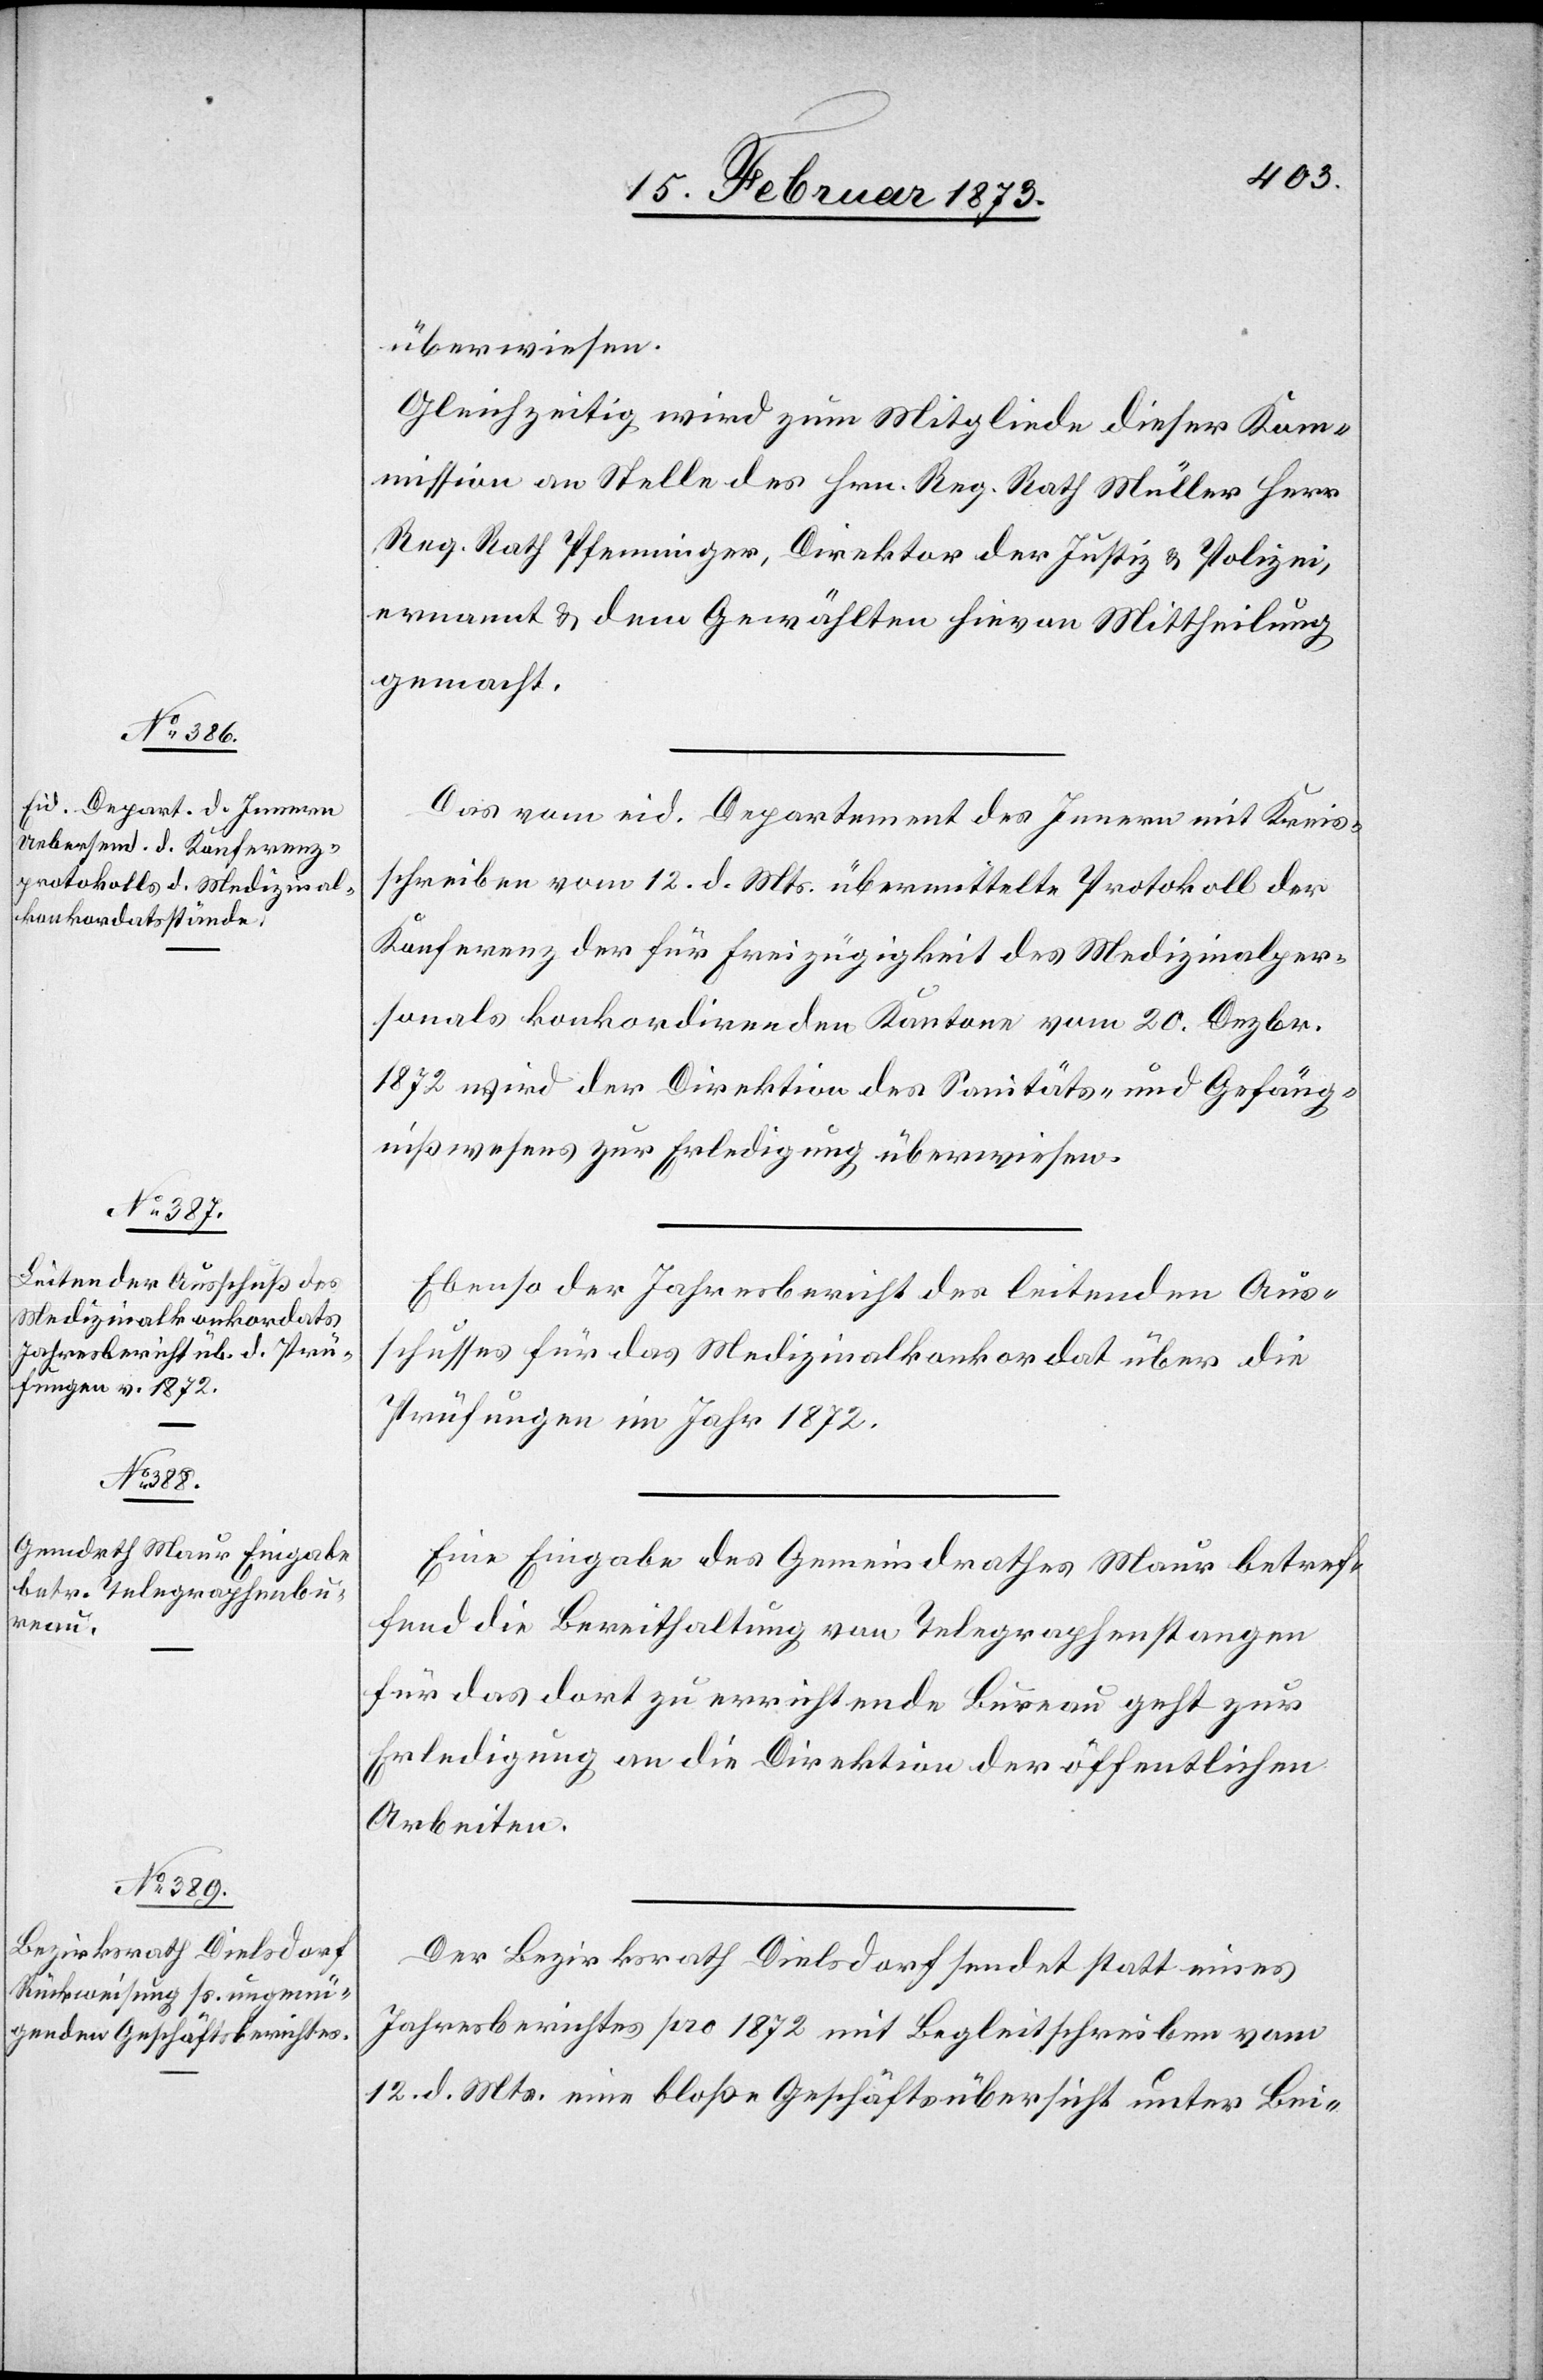
überwiesen.
Gleichzeitig wird zum Mitgliede dieser Kom¬
mission an Stelle des Hrn. Reg. Rath Müller Herr
Reg. Rath Pfenninger, Direktor der Justiz u. Polizei,
ernannt u. dem Gewählten hievon Mittheilung
gemacht.
Das vom eid. Departement des Innern mit Kreis¬
schreiben vom 12. d. Mts. übermittelte Protokoll der
Konferenz der für Freizügigkeit des Medizinalper¬
sonals konkordirenden Kantone vom 20. Dezbr.
1872 wird der Direktion des Sanitäts- und Gefäng¬
nißwesens zur Erledigung überwiesen.
Ebenso der Jahresbericht des leitenden Aus¬
schusses für das Medizinalkonkordat über die
Prüfungen im Jahr 1872.
Eine Eingabe des Gemeindrathes Maur betref¬
fend die Bereithaltung von Telegraphenstangen
für das dort zu errichtende Bureau geht zur
Erledigung an die Direktion der öffentlichen
Arbeiten.
Der Bezirksrath Dielsdorf sendet statt eines
Jahresberichtes pro 1872 mit Begleitschreiben vom
12. d. Mts. eine bloße Geschäftsübersicht unter Bei-